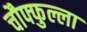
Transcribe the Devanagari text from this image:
चौफ्फुल्ला